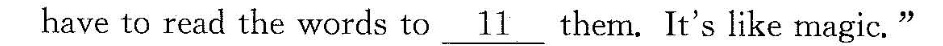
have to read the words to \underline{11} them. It's like magic."